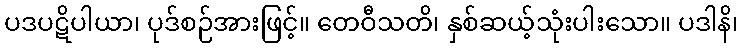
ပဒပဋိပါယာ၊ ပုဒ်စဉ်အားဖြင့်။ တေဝီသတိ၊ နှစ်ဆယ့်သုံးပါးသော။ ပဒါနိ၊